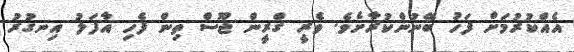
އެއްކުރުމަށް ފަހު ބޭނުންކުރާށެވެ. ވެރީ ގްރީން ޖޫސް ތިން ފެހި އާފަލު އިނގުރު